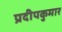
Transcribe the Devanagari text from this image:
प्रदीपकुमार